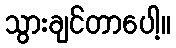
သွားချင်တာပေါ့။